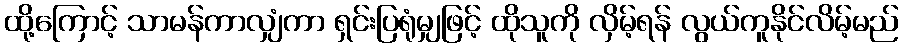
ထို့ကြောင့် သာမန်ကာလျှံကာ ရှင်းပြရုံမျှဖြင့် ထိုသူကို လှိမ့်ရန် လွယ်ကူနိုင်လိမ့်မည်